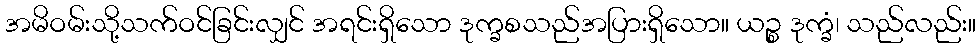
အမိဝမ်းသို့သက်ဝင်ခြင်းလျှင် အရင်းရှိသော ဒုက္ခစသည်အပြားရှိသော။ ယဉ္စ ဒုက္ခံ၊ သည်လည်း။